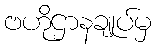
ဗဟိုဌာနချုပ်မှ